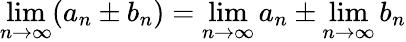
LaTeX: \operatorname*{lim}_{n\to\infty}(a_{n}\pm b_{n})=\operatorname*{lim}_{n\to\infty}a_{n}\pm\operatorname*{lim}_{n\to\infty}b_{n}